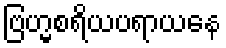
ဗြဟ္မစရိယပရာယနေ